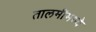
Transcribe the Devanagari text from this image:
तालमींमध्ये